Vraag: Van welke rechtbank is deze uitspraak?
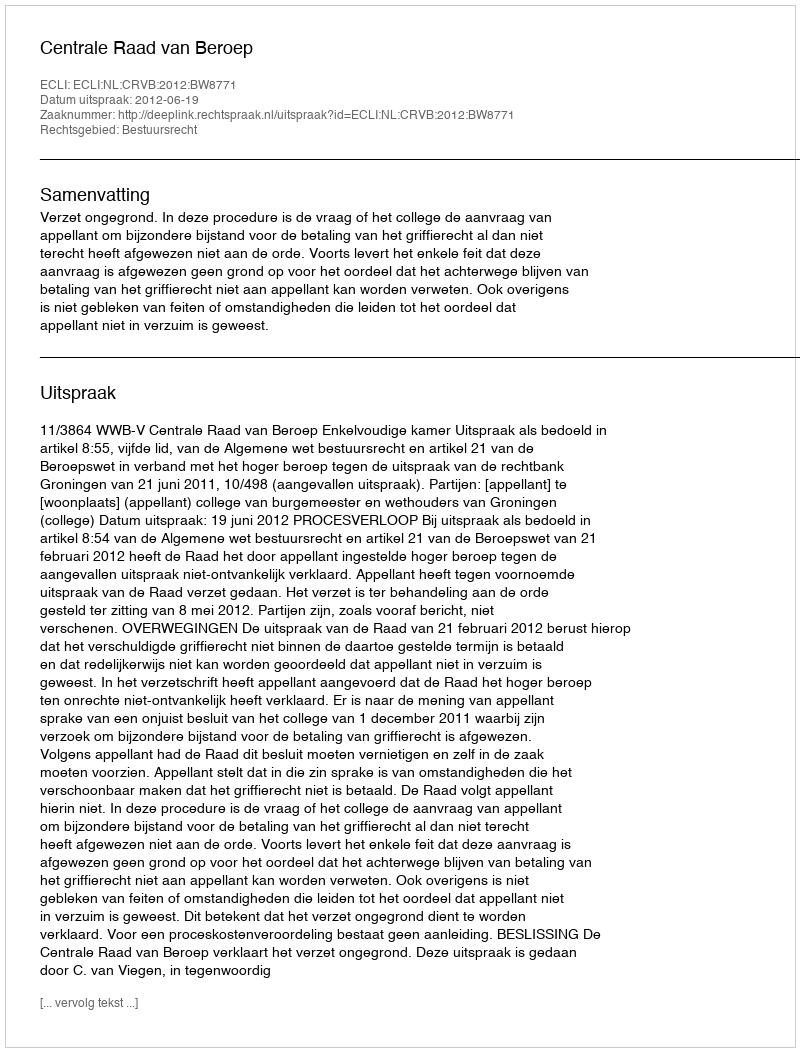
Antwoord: Centrale Raad van Beroep